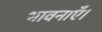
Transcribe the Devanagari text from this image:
भावनाएँ।